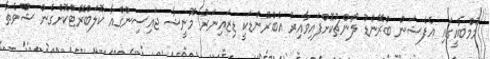
މުމްބާއީގައި އެފެޝަން ބްރޭންޑު ލޯންޗުކޮށްފައިވާއިރު އެބްރޭންޑަކީ ޑިޒައިނަރު މޮނީޝާ ޖައިސިންގްއާ ކޮލަބްރޭޓްކޮށްގެން ޝްވެތާ